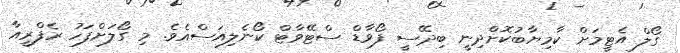
ގޯލް އެޓީމަށް ކާމިޔާބުކޮށްދިނީ ބިދޭސީ ފޯވާޑް ސްޓޭވާޓް ކޯނެލިއަސްއެވެ. މި ގޯލަށްފަހު ރެފްރީއާ